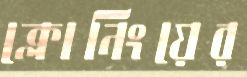
ক্লোনিংয়ের